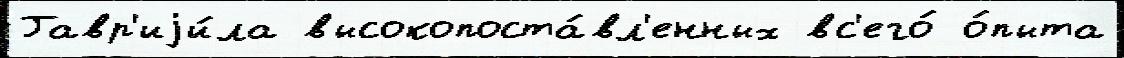
Гавр'иjи́ла высокопоста́вл'енных вс'его́ о́пыта